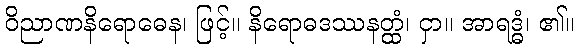
ဝိညာဏနိရောဓေန၊ ဖြင့်။ နိရောဓဒဿနတ္ထံ၊ ငှာ။ အာရဒ္ဓံ၊ ၏။